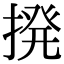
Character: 𫝼